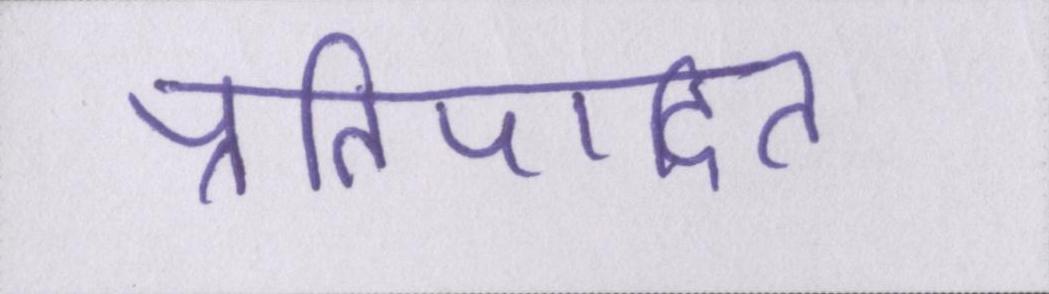
प्रतिपादित